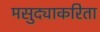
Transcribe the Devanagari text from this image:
मसुद्याकरिता